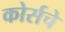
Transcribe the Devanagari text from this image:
कोर्सचे